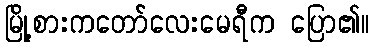
မြို့စားကတော်လေးမေရီက ပြော၏။